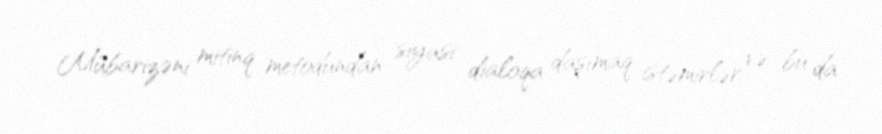
Mübarizəni mitinq metodundan siyasi dialoqa daşımaq istəmirlər və bu da